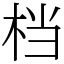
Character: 档